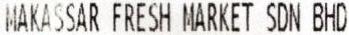
MAKASSAR FRESH MARKET SDN BHD